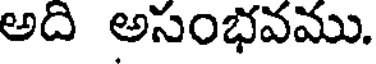
అది అసంభవము.